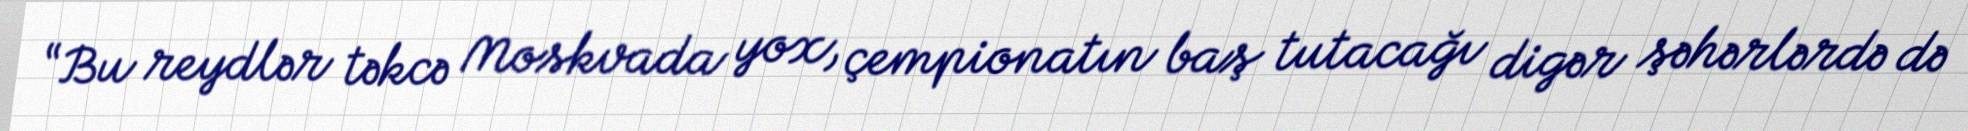
“Bu reydlər təkcə Moskvada yox, çempionatın baş tutacağı digər şəhərlərdə də